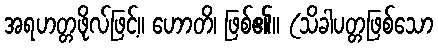
အရဟတ္တဖိုလ်ဖြင့်။ ဟောတိ၊ ဖြစ်၏။ (သိခါပတ္တဖြစ်သော